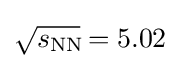
{\sqrt {s_{\operatorname {N} \!\operatorname {N} \!}}}=5.02